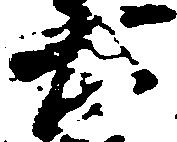
右